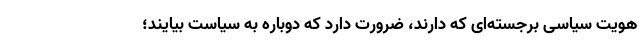
هویت سیاسی برجسته‌ای که دارند، ضرورت دارد که دوباره به سیاست بیایند؛